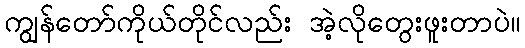
ကျွန်တော်ကိုယ်တိုင်လည်း အဲ့လိုတွေးဖူးတာပဲ။